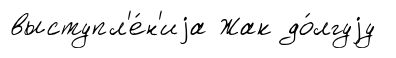
выступл'е́н'иjа Жак до́лгуjу